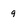
Character: 9